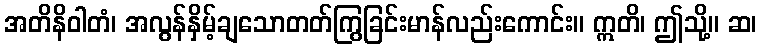
အတိနိဝါတံ၊ အလွန်နှိမ့်ချသောတတ်ကြွခြင်းမာန်လည်းကောင်း။ ဣတိ၊ ဤသို့။ ဆ၊